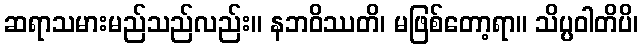
ဆရာသမားမည်သည်လည်း။ နဘဝိဿတိ၊ မဖြစ်တော့ရာ။ သိပ္ပဝါတိပိ၊